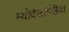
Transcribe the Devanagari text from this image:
म्योदेसोप्सिया